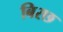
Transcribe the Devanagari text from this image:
बिरछ